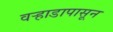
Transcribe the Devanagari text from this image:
वऱ्हाडापासून